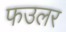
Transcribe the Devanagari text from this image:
फउलर